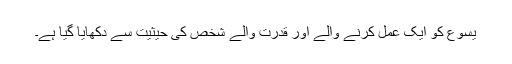
یسوع کو ایک عمل کرنے والے اور قدرت والے شخص کی حیثیت سے دکھایا گیا ہے۔